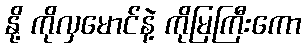
နို့ ကိုလှမောင်နဲ့ ကိုမြကြီးကော